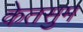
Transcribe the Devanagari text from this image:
केतसुम